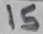
Text: 15